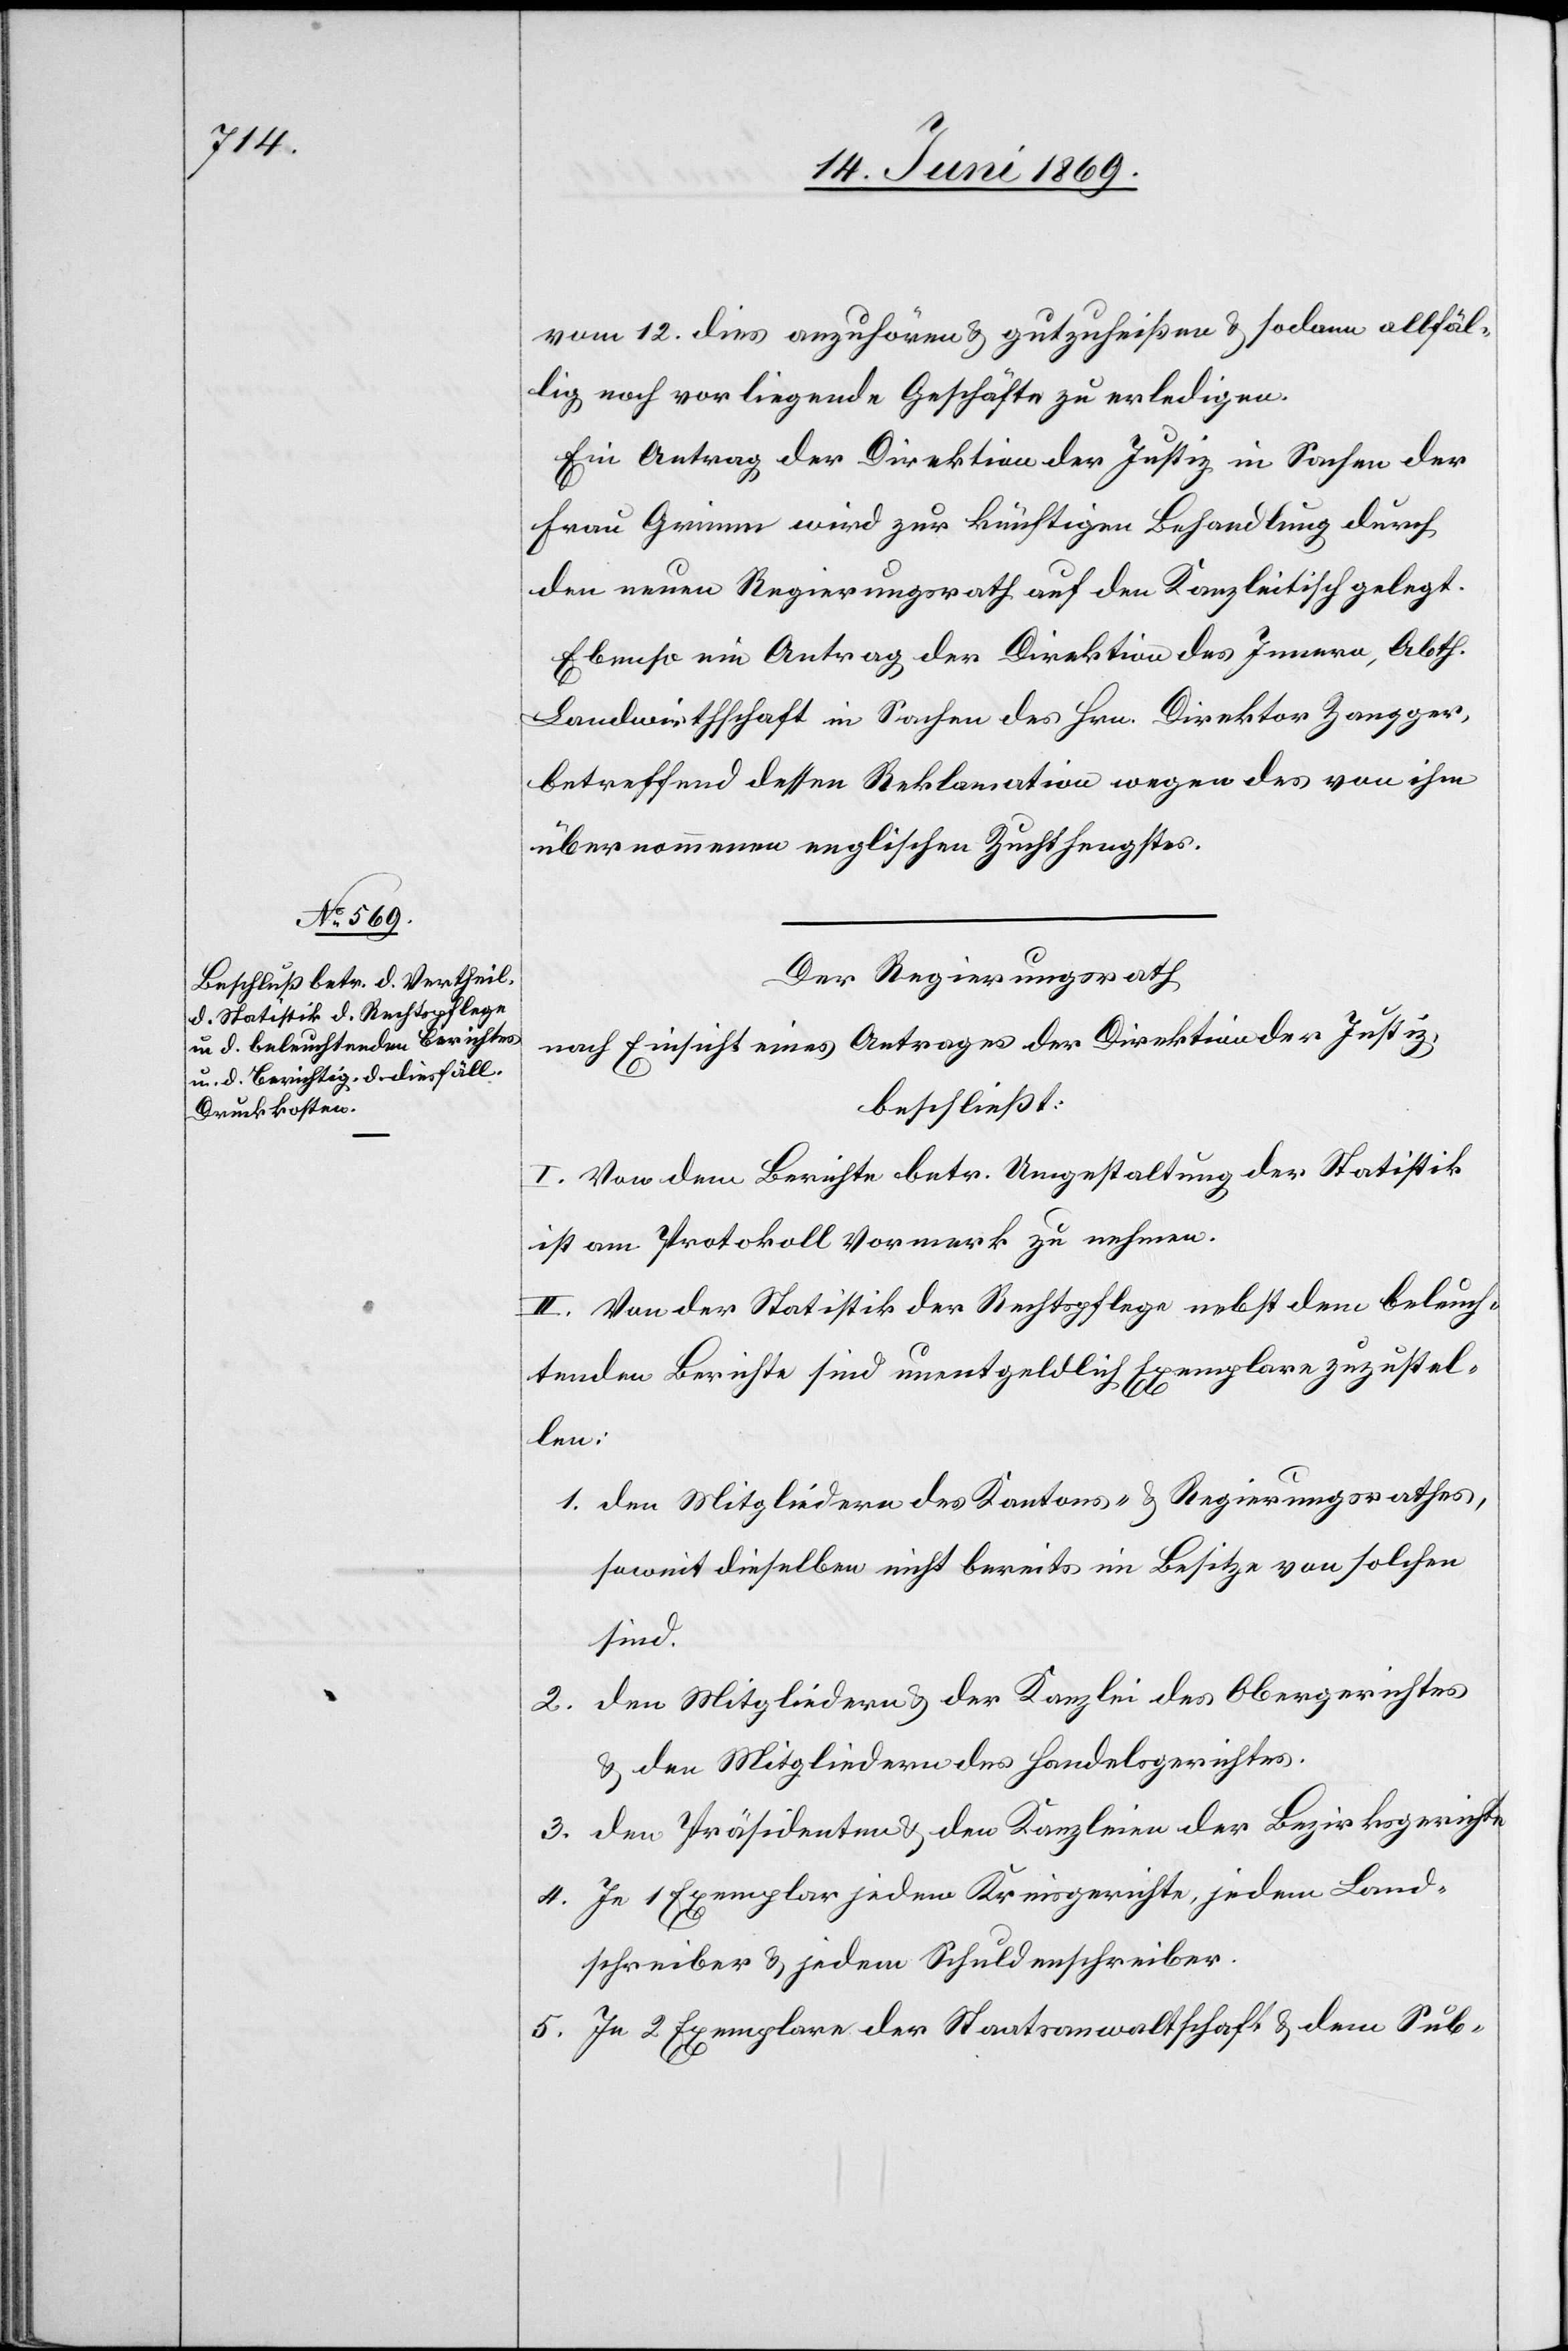
vom 12. dies anzuhören u. gutzuheißen u. sodann allfäl¬
lig noch vorliegende Geschäfte zu erledigen.
Ein Antrag der Direktion der Justiz, in Sachen der
Frau Grimm wird zur künftigen Behandlung durch
den neuen Regierungsrath auf den Kanzleitisch gelegt.
Ebenso ein Antrag der Direktion des Innern, Abth.
Landwirthschaft in Sachen des Hrn. Direktor Zangger,
betreffend dessen Reklamation wegen des von ihm
übernommenen englischen Zuchthengstes.
Der Regierungsrath,
nach Einsicht eines Antrages der Direktion der Justiz,
beschließt:
I. Von dem Berichte betr. Umgestaltung der Statistik
ist am Protokolle Vormerk zu nehmen.
II. Von der Statistik der Rechtspflege nebst dem beleuch¬
tenden Berichte sind unentgeldlich Exemplare zuzustel¬
len:
1. den Mitgliedern des Kantons- u. Regierungsrathes,
soweit dieselben nicht bereits im Besitze von solchen
sind.
2. den Mitgliedern u. der Kanzlei des Obergerichtes
u. den Mitgliedern des Handelsgerichtes.
3. den Präsidenten u. den Kanzleien der Bezirksgerichte.
4. Je 1 Exemplar jedem Kreisgerichte, jedem Land¬
schreiber u. jedem Schuldenschreiber.
5. Je 2 Exemplare der Staatsanwaltschaft u. dem Sub-